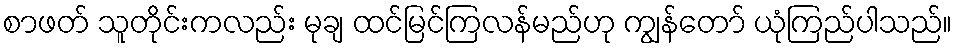
စာဖတ် သူတိုင်းကလည်း မုချ ထင်မြင်ကြလန်မည်ဟု ကျွန်တော် ယုံကြည်ပါသည်။